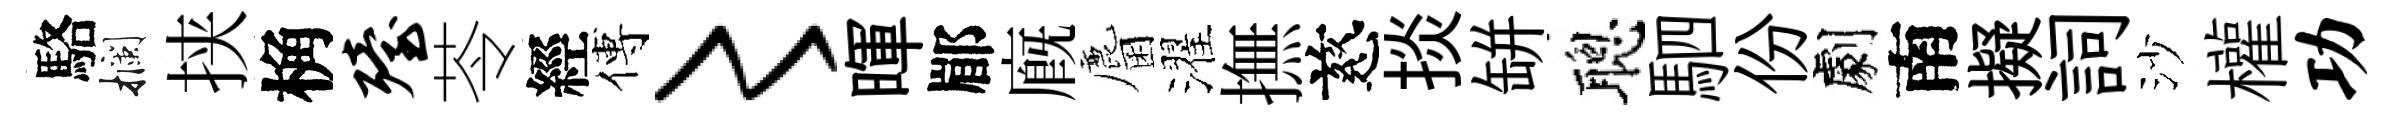
駱攔挟桷殪苓經傅〻暉郿廐麕濯撫慈掞缾聰駟份劇南擬詞沙權功